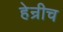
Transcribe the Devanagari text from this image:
हेन्रीच